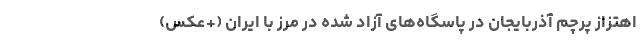
اهتزاز پرچم آذربایجان در پاسگاه‌های آزاد شده در مرز با ایران (+عکس)